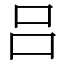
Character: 吕